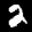
Label: 2